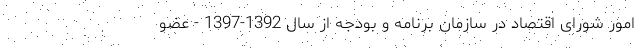
امور شورای اقتصاد در سازمان برنامه و بودجه از سال 1392-1397 - عضو